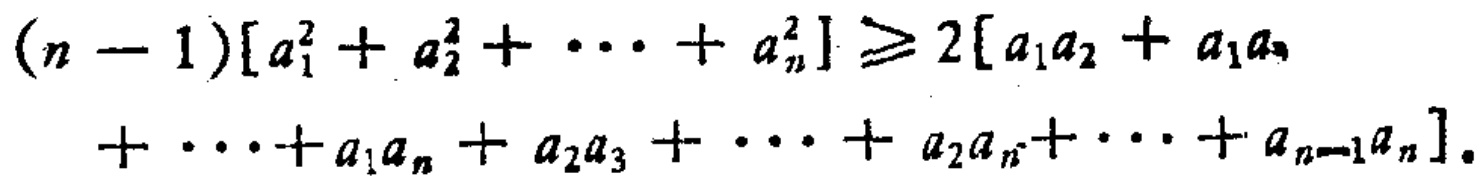
\((n - 1)[a_{1}^{2}+a_{2}^{2}+\cdots +a_{n}^{2}]\geq 2[a_{1}a_{2}+a_{1}a_{3}+\cdots +a_{1}a_{n}+a_{2}a_{3}+\cdots +a_{2}a_{n}+\cdots +a_{n - 1}a_{n}]\)